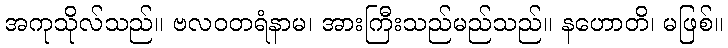
အကုသိုလ်သည်။ ဗလဝတရံနာမ၊ အားကြီးသည်မည်သည်။ နဟောတိ၊ မဖြစ်။